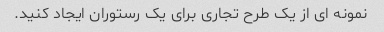
نمونه ای از یک طرح تجاری برای یک رستوران ایجاد کنید.